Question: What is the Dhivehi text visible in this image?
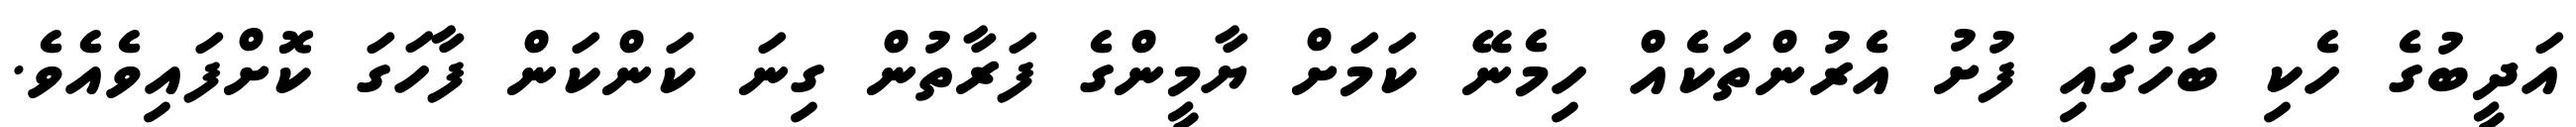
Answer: އަދީބުގެ ހެކި ބަހުގައި ފުށު އެރުންތަކެއް ހިމެނޭ ކަމަށް ޔާމީންގެ ފަރާތުން ގިނަ ކަންކަން ފާހަގަ ކޮށްފައިވެއެވެ.